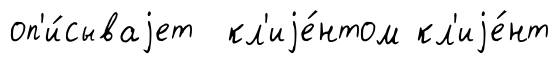
оп'и́сываjет кл'иjе́нтом кл'иjе́нт